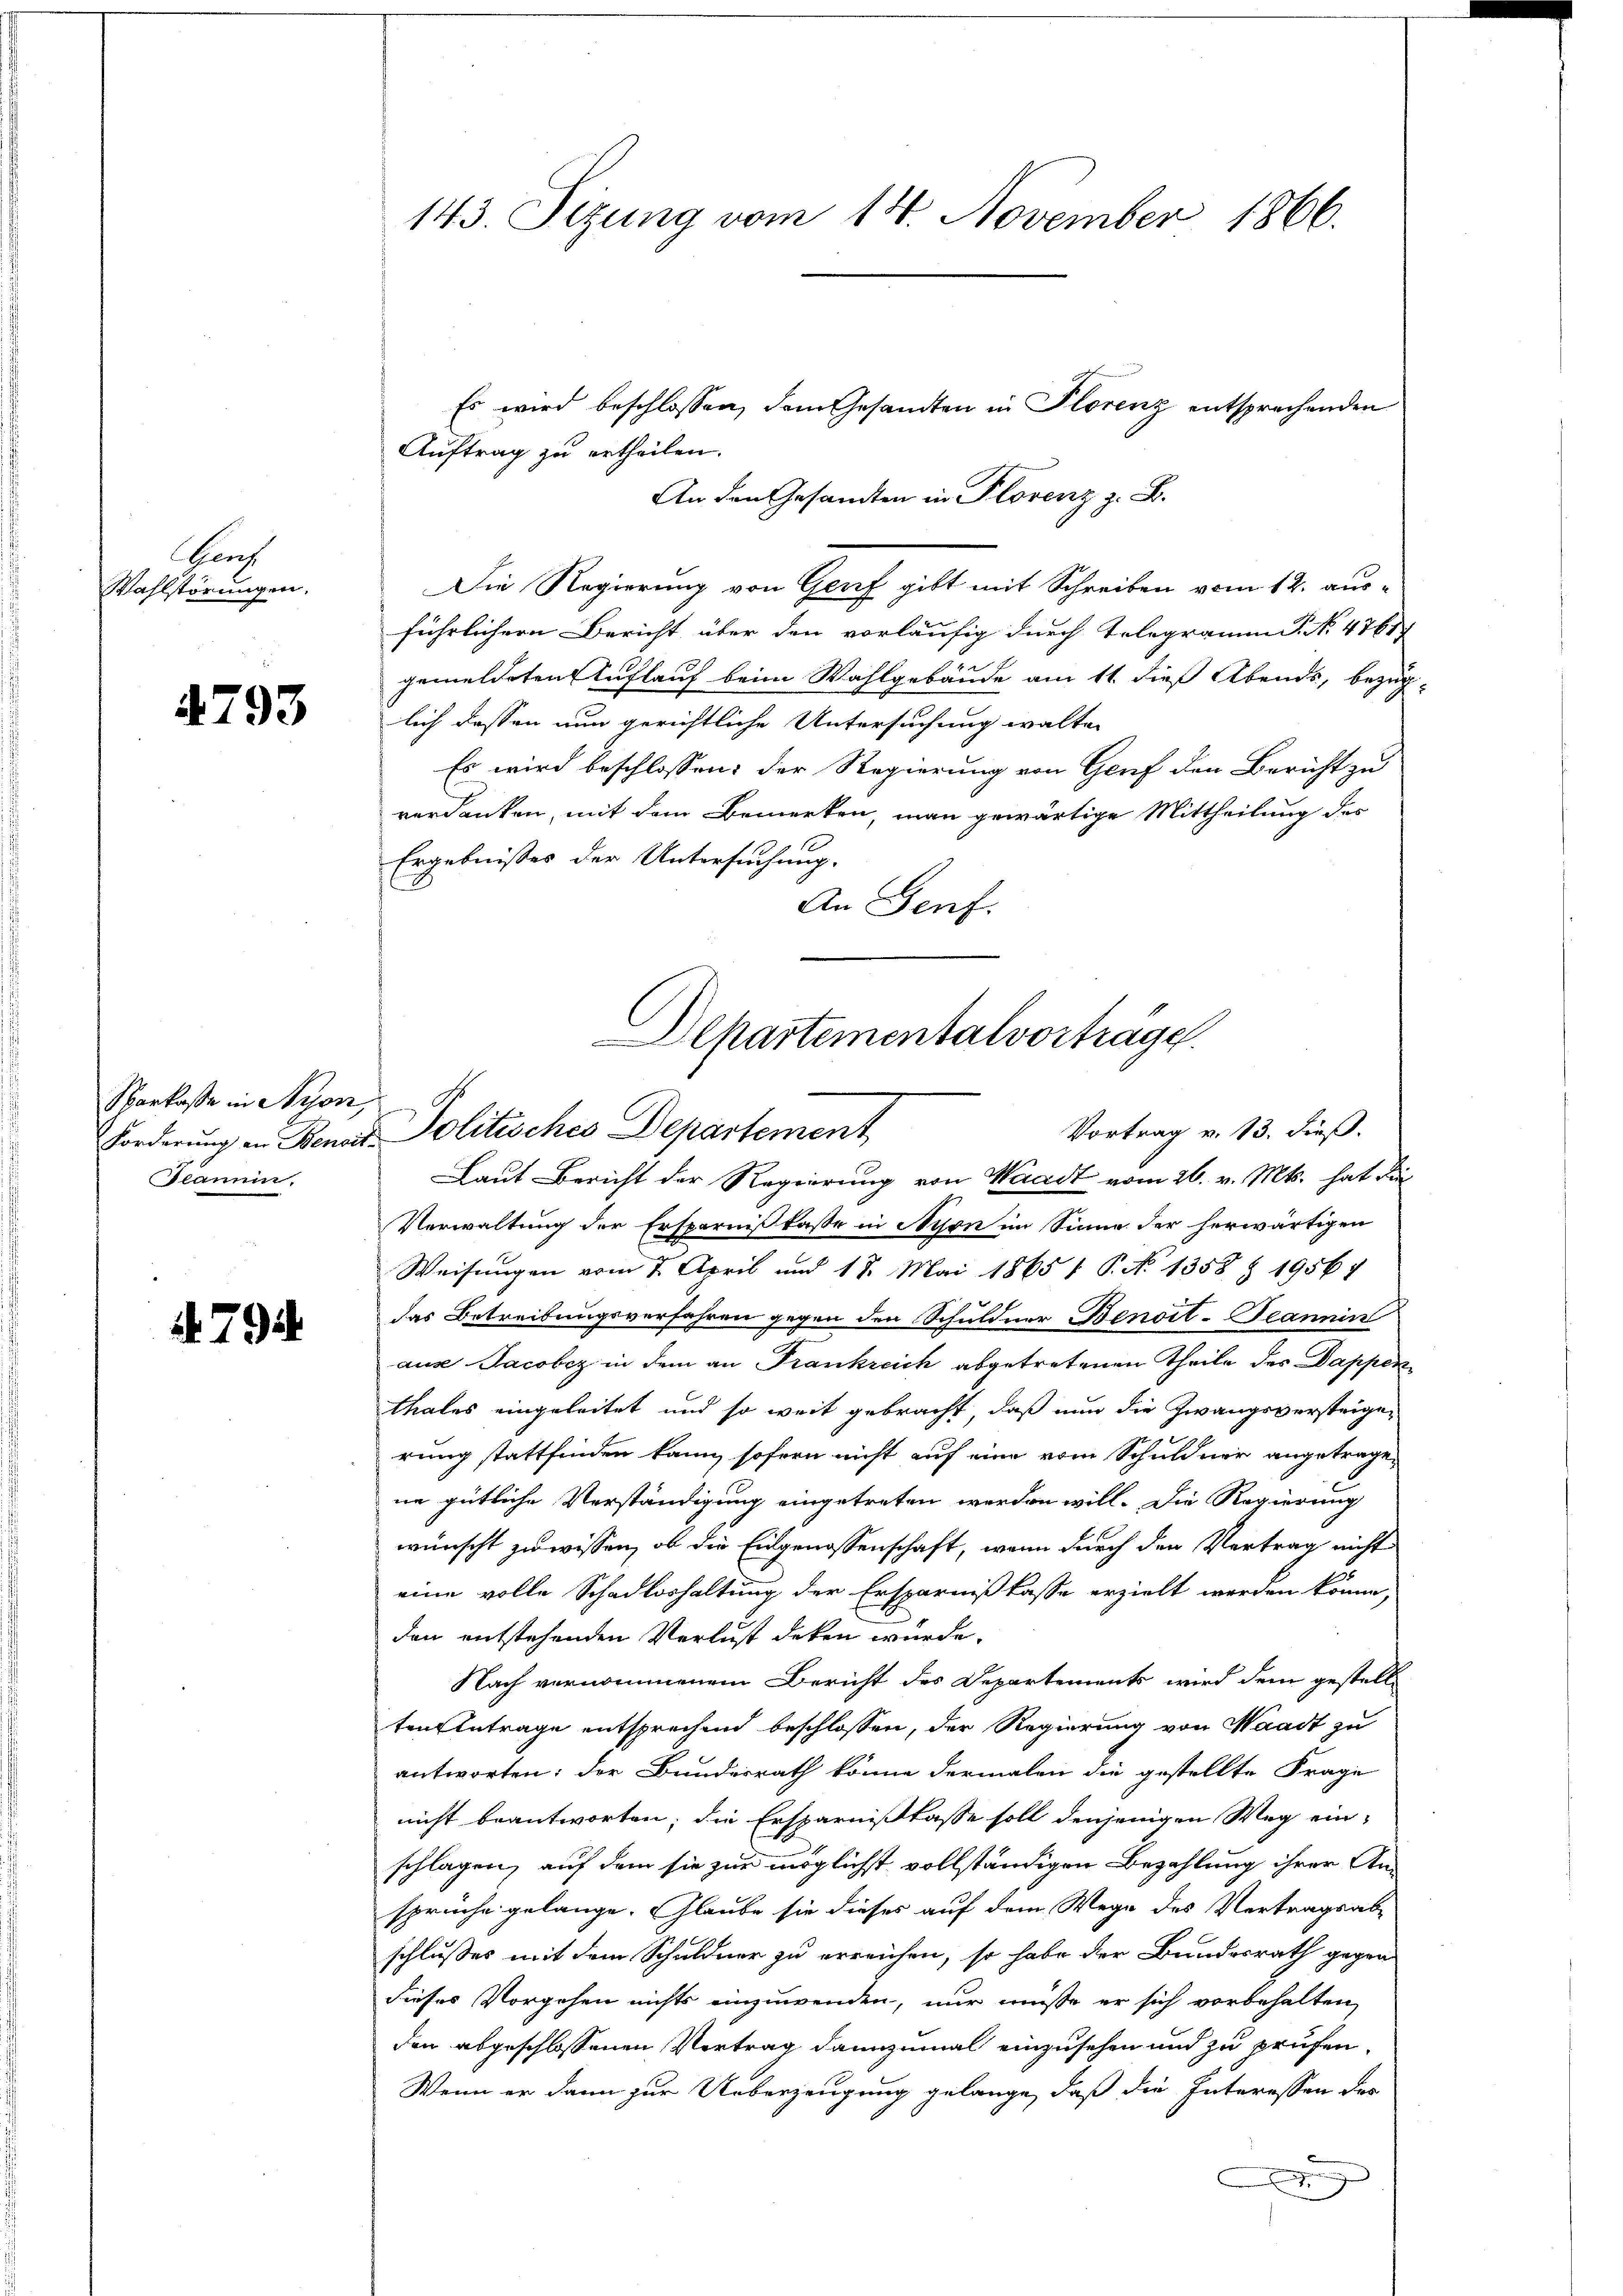
Ganz
Wahlstörungen.

4793

Sparkasse in Nyon,
Forderung an Benoit
caum.

4794.

143. Sitzung vom 14. November 1866.

Es wird beschlossen, dem Gesandten in Florenz entsprechenden
Auftrag zu ertheilen.
An den Gesandten in Florenz z. B.
Die Regierung von Genf gibt mit Schreiben vom 12. ausführlichern Bericht über den vorläufig durch Telegramm P. No 47617
gemeldeten Auflauf beim Wahlgebäude am 11. dieß Abends, bezug
lich dessen nun gerichtliche Untersuchung walten
Es wird beschlossen: der Regierung von Genf den Bericht zu
verdanken, mit dem Bemerken, man gewärtige Mittheilung des
Ergebnisses der Untersuchung.
An Genf.
Laut Bericht der Regierung von Waadt vom 26. v. Mts. hat die
Verwaltung der Ersparnißkasse in Nyon im Sinne der herwärtigen
Weisungen vom 7. April und 18. Mai 1865 f. P. No 1358 § 19567
das Betreibungsverfahren gegen den Schuldner Benort-Teannin
aus Jacobiz in dem an Frankreich abgetretenen Theile des Dapperthales eingeleitet und so weit gebracht, daß nun die Zwangsversteigerung stattfinden kann, sofern nicht auf eine vom Schuldner angetragene gütliche Verständigung eingetreten werden will. Die Regierung
wünscht zu wissen, ob die Eidgenossenschaft, wenn durch den Vertrag nicht
eine volle Schadloshaltung der Ersparnißkasse erzielt werden könne,
den entstehenden Verlust deken würde.
Nach vernommenem Bericht des Departements wird dem gestell-
ten Antrage entsprechend beschlossen, der Regierung von Waadt zu
antworten; der Bundesrath könne dermalen die gestellte Frage
nicht beantworten; die Ersparnißkasse soll denjenigen Weg ein-
schlagen, auf dem sie zur möglichst vollständigen Bezahlung ihrer Ansprüche gelange. Glaube sie dieses auf dem Wege des Vertragsab-
schlusses mit dem Schuldner zu erreichen, so habe der Bundesrath gegen
dieses Vorgehen nichts einzuwenden, nur müsse er sich vorbehalten,
den abgeschlossenen Vertrag dannzumal einzusehen und zu prüfen,
Wenn er dann zur Ueberzeugung gelange, daß die Interessen des
x

Departementalvorträge.
Vortrag v. 13. dieß.
Politisches Departement